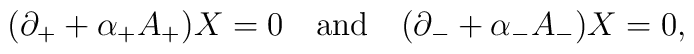
(\partial_+ + \alpha_+ A_+) X = 0 \quad {\rm and} \quad(\partial_- + \alpha_- A_-) X = 0,